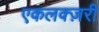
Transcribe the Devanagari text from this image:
एकलक्ज़री